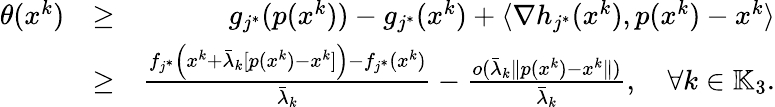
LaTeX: \begin{array}{rlr}{\theta(x^{k})}&{\geq}&{g_{j^{*}}(p(x^{k}))-g_{j^{*}}(x^{k})+\langle\nabla h_{j^{*}}(x^{k}),p(x^{k})-x^{k}\rangle}\\ &{\geq}&{\frac{f_{j^{*}}\left(x^{k}+\bar{\lambda}_{k}[p(x^{k})-x^{k}]\right)-f_{j^{*}}(x^{k})}{\bar{\lambda}_{k}}-\frac{o(\bar{\lambda}_{k}\| p(x^{k})-x^{k}\| )}{\bar{\lambda}_{k}},\quad\forall k\in\mathbb{K}_{3}.}\end{array}